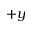
+ y